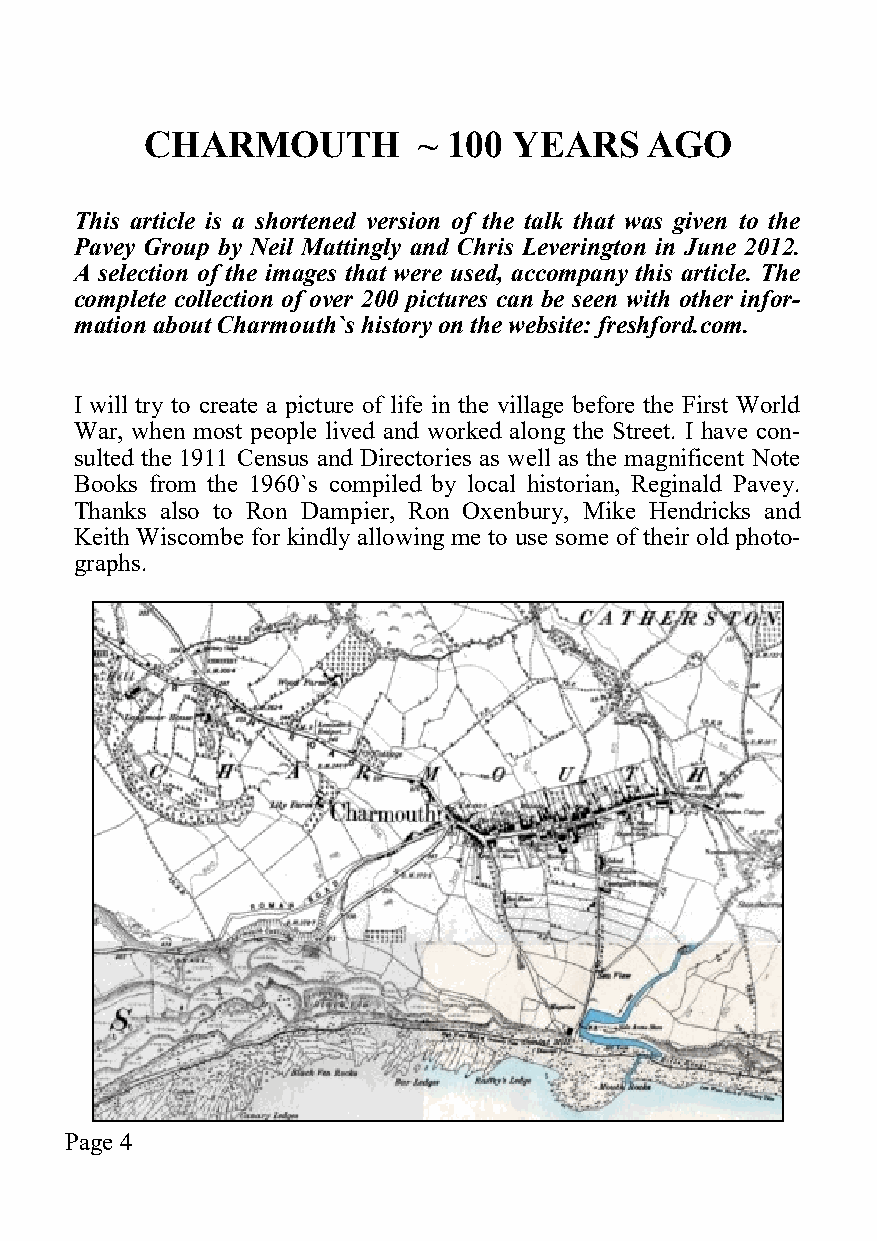
CHARMOUTH         ~ 100 YEARS    AGO
 This article is a shortened version of the talk that was given to the
 Pavey Group by Neil Mattingly and Chris Leverington in June 2012.
 A selection of the images that were used, accompany this article. The
 complete collection of over 200 pictures can be seen with other infor-
 mation about Charmouth`s history on the website: freshford.com.
 I will try to create a picture of life in the village before the First World
 War, when most people lived and worked along the Street. I have con-
 sulted the 1911 Census and Directories as well as the magnificent Note
 Books from the 1960`s compiled by local historian, Reginald Pavey.
 Thanks also to Ron Dampier, Ron Oxenbury, Mike Hendricks and
 Keith Wiscombe for kindly allowing me to use some of their old photo-
 graphs.
 Page 4